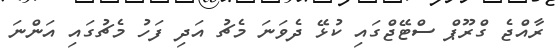
ރާއްޖެ ގްރޫޕް ސްޓޭޖްގައި ކުޅޭ ދެވަނަ މެޗު އަދި ފަހު މެޗުގައި އަންނަ